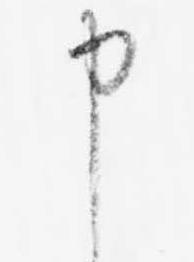
申